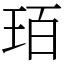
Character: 𤤿